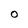
Character: O